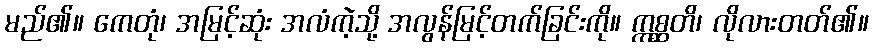
မည်၏။ ကေတုံ၊ အမြင့်ဆုံး အလံကဲ့သို့ အလွန်မြင့်တက်ခြင်းကို။ ဣစ္ဆတိ၊ လိုလားတတ်၏။